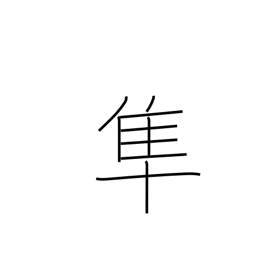
Meaning: falcon